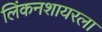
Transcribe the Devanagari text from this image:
लिंकनशायरला